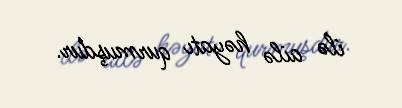
ilə ailə həyatı qurmuşdur.